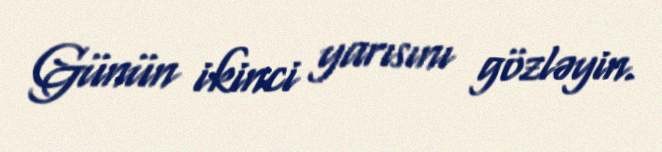
Günün ikinci yarısını gözləyin.